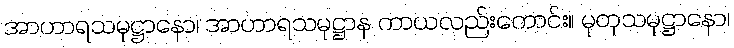
အာဟာရသမုဋ္ဌာနော၊ အာဟာရသမုဋ္ဌာန ကာယလည်းကောင်း။ မုတုသမုဋ္ဌာနော၊